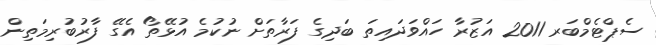
ސެޕްޓެމްބަރ 2011 އަޒުރާ ހައްވަދައިތަ ބަދިގެ ފަރާތަށް ނުކުމެ އުޅޭތޯ އެގޭ ފާރުބުރިމަތިން